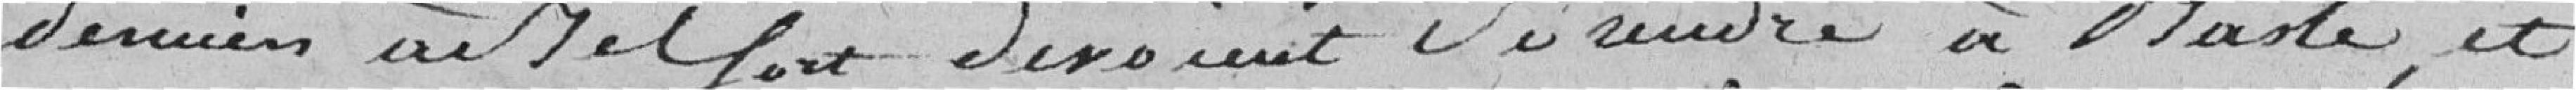
derniers à Belfort devaient se rendre à Basle, et